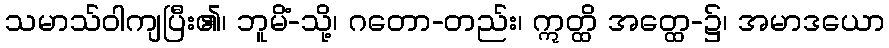
သမာသ်ဝါကျပြီး၏၊ ဘူမိံ-သို့၊ ဂတော-တည်း၊ ဣတ္ထိ အတ္ထေ-၌၊ အမာဒယော